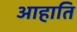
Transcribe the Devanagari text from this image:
आहाति